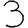
Digit: 3